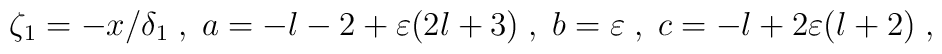
\zeta_1=-x/\delta_1\;,\;a=-l-2+\varepsilon(2l+3)\;,\;b=\varepsilon\;,\;c=-l+2\varepsilon(l+2)\;,